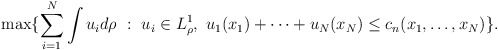
\begin{align*} \max \{\sum_{i=1}^N \int u_i d\rho \ : \ u_i \in L^1_\rho, \ u_1(x_1)+ \dots +u_N(x_N) \leq c_n (x_1, \dots, x_N)\}. \end{align*}